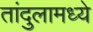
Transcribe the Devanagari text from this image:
तांदुलामध्ये